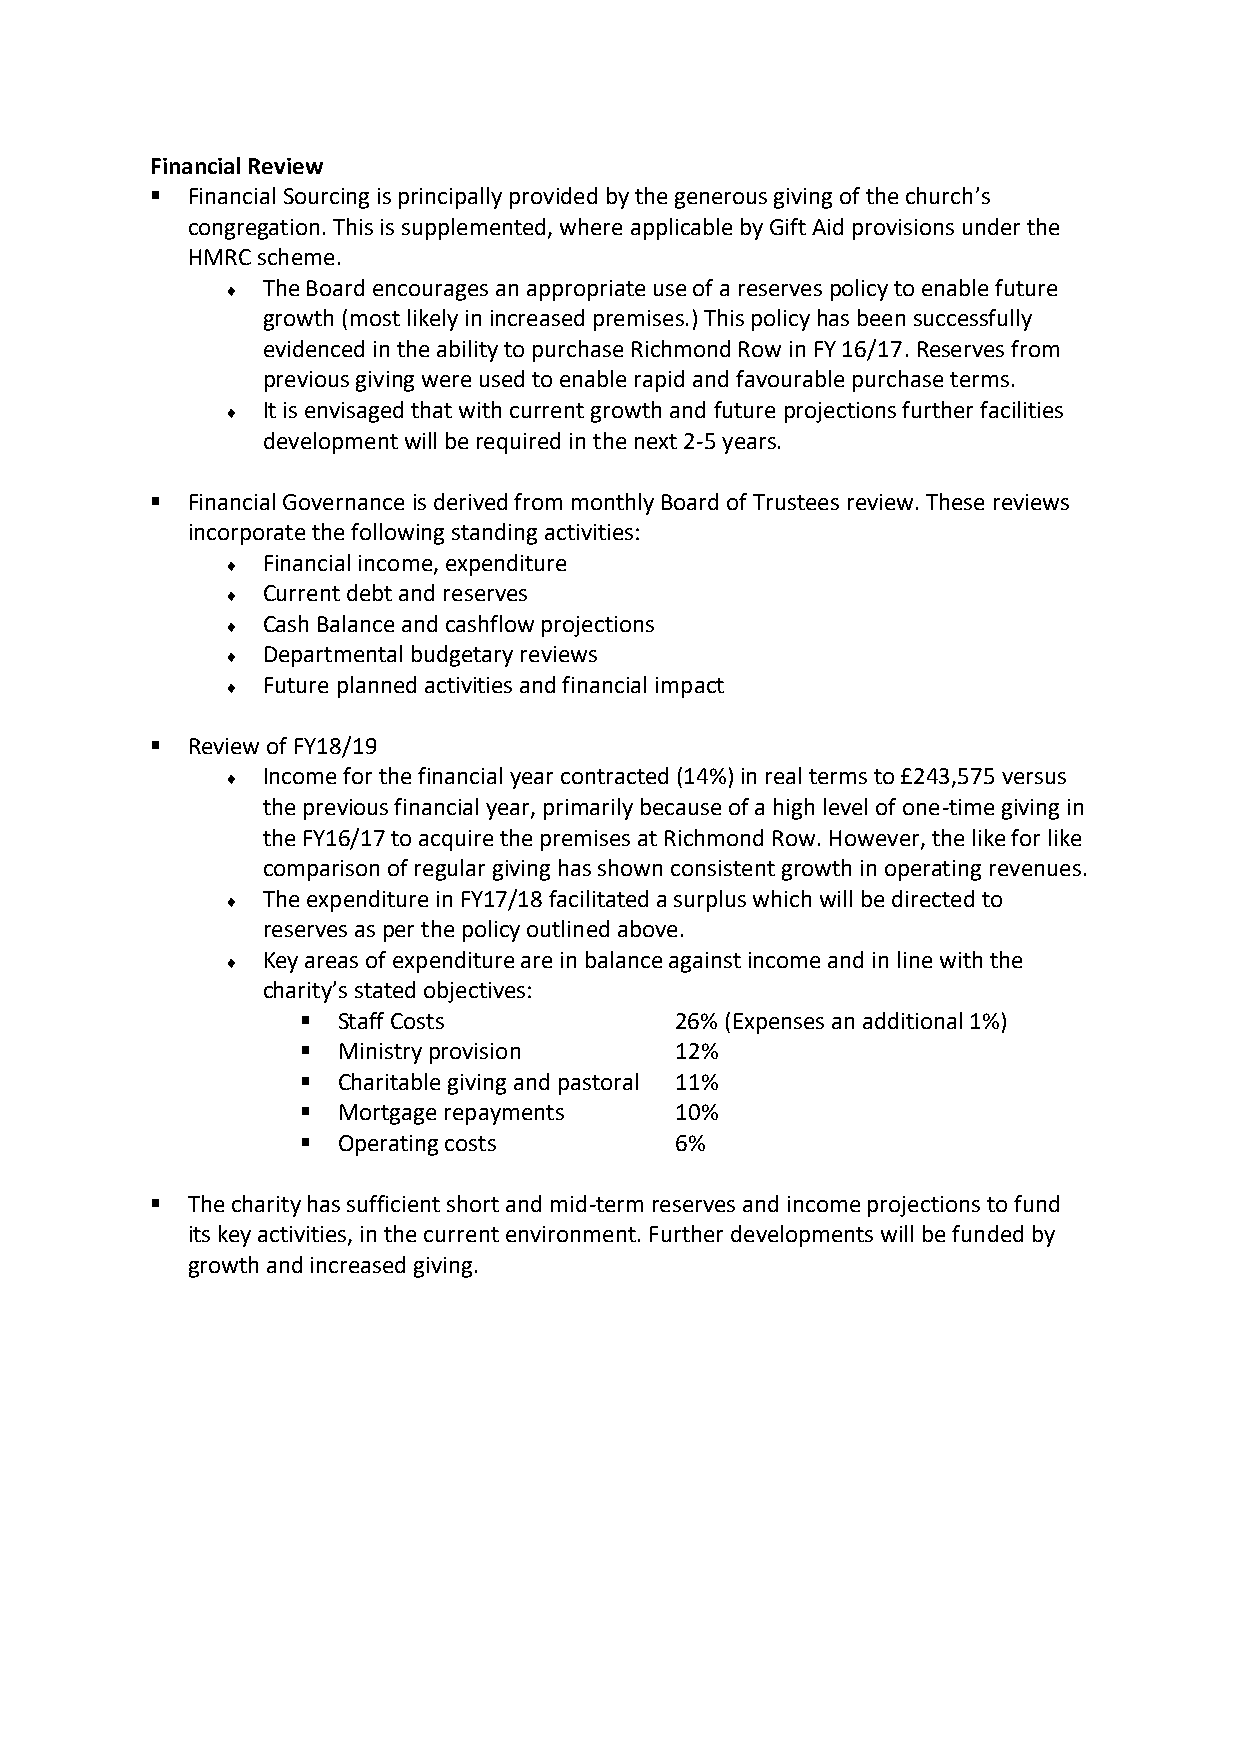
Financial Review
 ▪ Financial Sourcing is principally provided by the generous giving of the church’s
 congregation. This is supplemented, where applicable by Gift Aid provisions under the
 HMRC scheme.
  The Board encourages an appropriate use of a reserves policy to enable future
 growth (most likely in increased premises.) This policy has been successfully
 evidenced in the ability to purchase Richmond Row in FY 16/17. Reserves from
 previous giving were used to enable rapid and favourable purchase terms.
  It is envisaged that with current growth and future projections further facilities
 development will be required in the next 2-5 years.
 ▪ Financial Governance is derived from monthly Board of Trustees review. These reviews
 incorporate the following standing activities:
  Financial income, expenditure
  Current debt and reserves
  Cash Balance and cashflow projections
  Departmental budgetary reviews
  Future planned activities and financial impact
 ▪ Review of FY18/19
  Income for the financial year contracted (14%) in real terms to £243,575 versus
 the previous financial year, primarily because of a high level of one-time giving in
 the FY16/17 to acquire the premises at Richmond Row. However, the like for like
 comparison of regular giving has shown consistent growth in operating revenues.
  The expenditure in FY17/18 facilitated a surplus which will be directed to
 reserves as per the policy outlined above.
  Key areas of expenditure are in balance against income and in line with the
 charity’s stated objectives:
 ▪ Staff Costs            26% (Expenses an additional 1%)
 ▪ Ministry provision     12%
 ▪ Charitable giving and pastoral 11%
 ▪ Mortgage repayments    10%
 ▪ Operating costs        6%
 ▪ The charity has sufficient short and mid-term reserves and income projections to fund
 its key activities, in the current environment. Further developments will be funded by
 growth and increased giving.